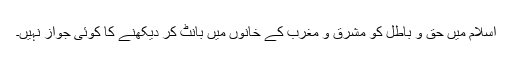
اسلام میں حق و باطل کو مشرق و مغرب کے خانوں میں بانٹ کر دیکھنے کا کوئی جواز نہیں۔